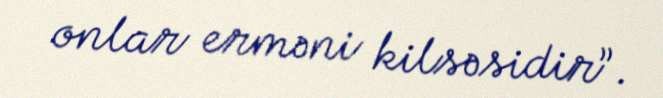
onlar erməni kilsəsidir”.